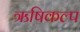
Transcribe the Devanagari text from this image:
ऋषिकल्प